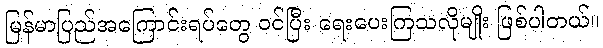
မြန်မာပြည်အကြောင်းရပ်တွေ ဝင်ပြီး ရေးပေးကြသလိုမျိုး ဖြစ်ပါတယ်။